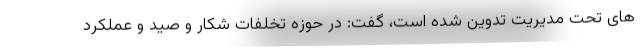
های تحت مدیریت تدوین شده است، گفت: در حوزه تخلفات شکار و صید و عملکرد